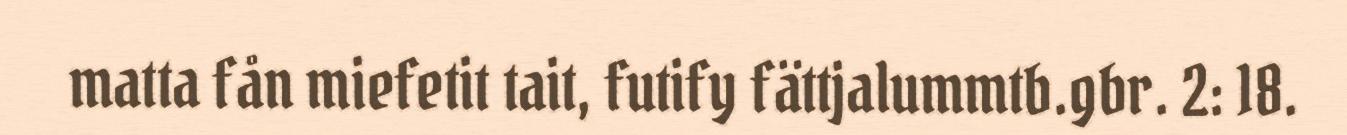
matta fån miefetit tait, futify fättjalummtb.gbr. 2: 18.